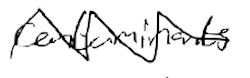
Text: contaminants
Cross-out: zig-zag
Writing tool: digital_black